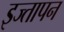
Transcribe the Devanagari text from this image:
इज्तापन